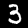
Digit: 3